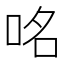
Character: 𠱷